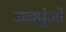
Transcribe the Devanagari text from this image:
जनपुंजों